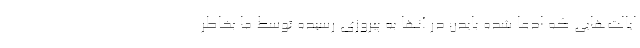
ایالت‌هایی که ادعا شده بایدن در آنها به پیروزی رسیده توسط ما بخاطر